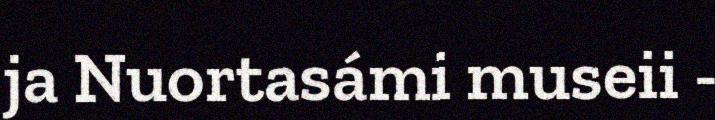
ja Nuortasámi museii -